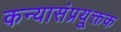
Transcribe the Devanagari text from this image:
कन्यासंप्रयु्क्तक